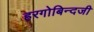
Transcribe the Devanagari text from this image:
हरगोबिन्दजी